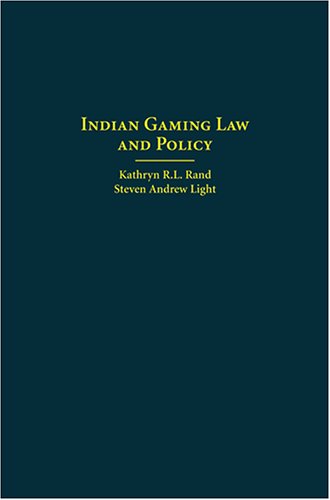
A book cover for Indian Gaming Law And Policy; Kathryn R. L. Rand; Law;